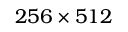
2 5 6 \times 5 1 2